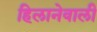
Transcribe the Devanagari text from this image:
हिलानेवाली